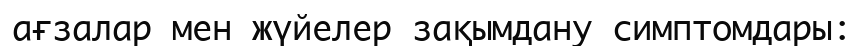
ағзалар мен жүйелер зақымдану симптомдары: